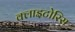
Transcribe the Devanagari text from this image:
क्लाइटोरिस